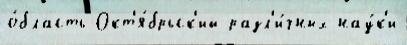
о́бласть Окт'я́брьск'ий разл'и́чных нау́к'и